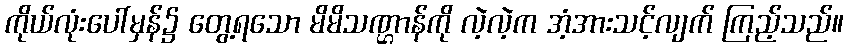
ကိုယ်လုံးပေါ်မှန်၌ တွေ့ရသော မိမိသဏ္ဌာန်ကို လဲ့လဲ့က အံ့အားသင့်လျက် ကြည့်သည်။